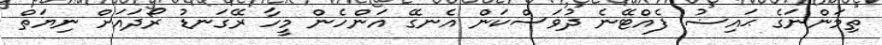
ތިމަންނަގެ ޙައިޟު ފެއްޓޭނެ ދުވަސްކަން އެނގޭ އަންހެން މީހާ ރޭގަނޑު ރޯދައަށް ނިޔަތް